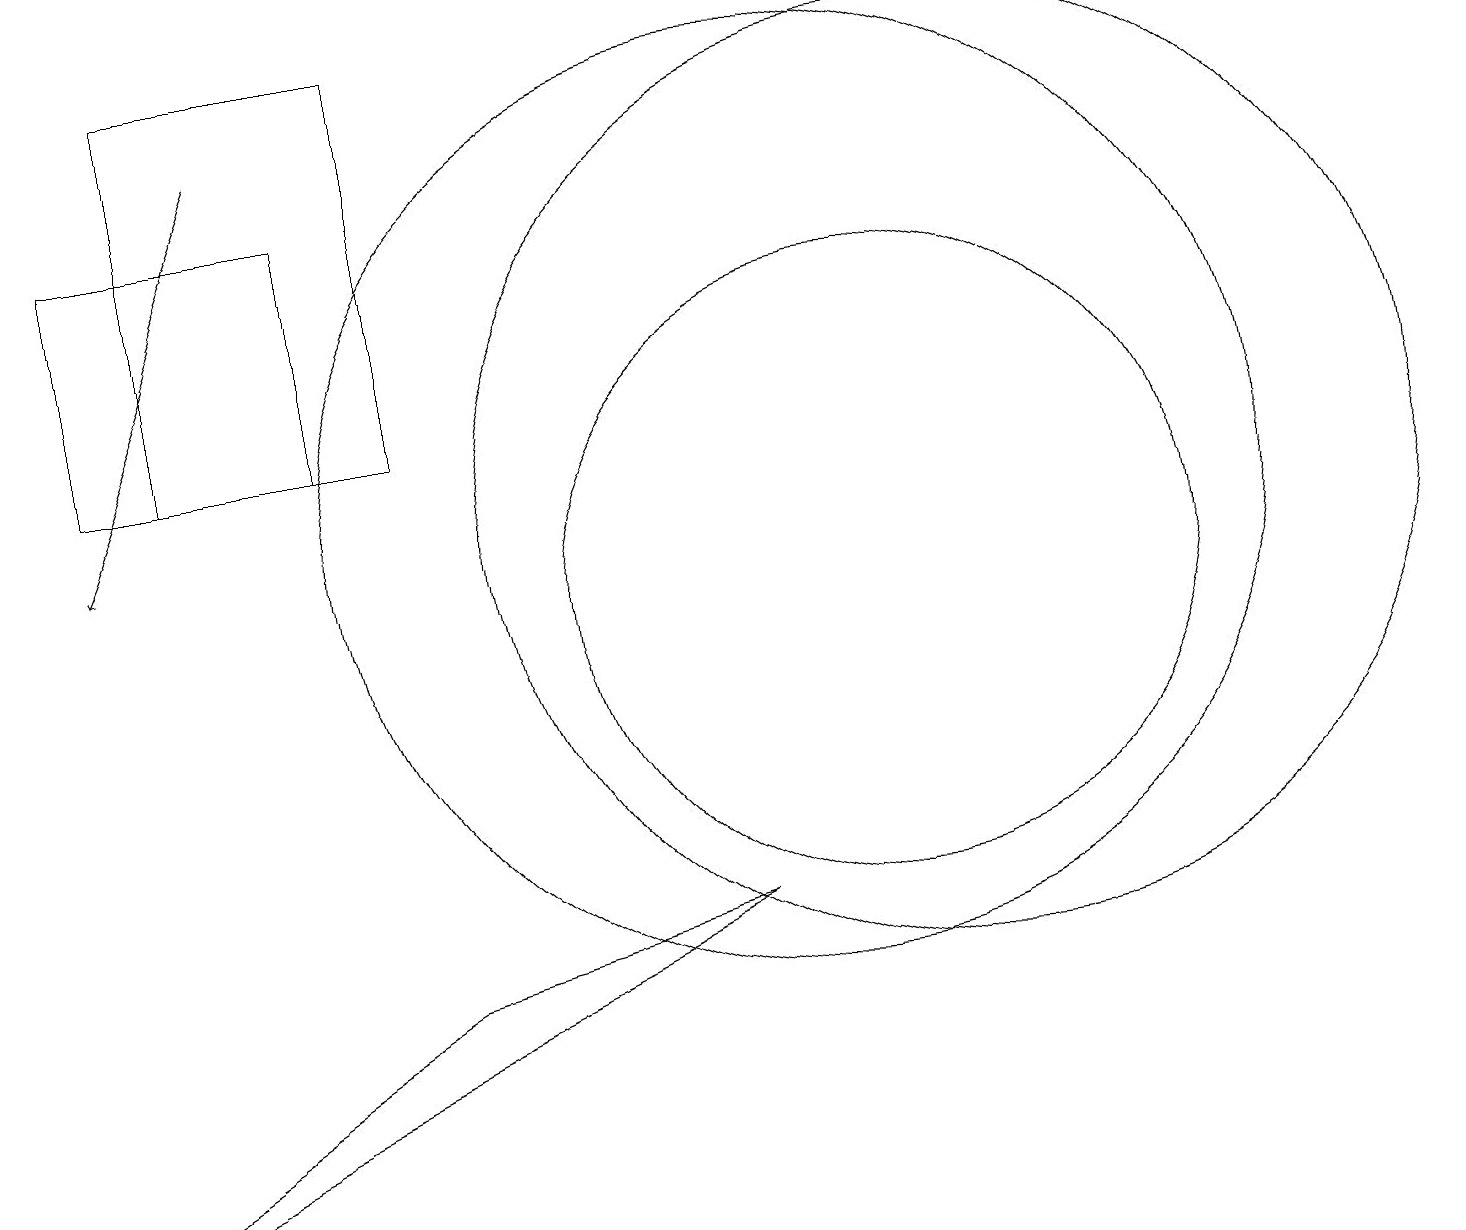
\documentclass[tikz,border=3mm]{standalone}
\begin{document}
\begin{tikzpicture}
\draw (10,11) circle (6);
\draw[->] (3,16) -- (1,11);
\draw (4,12) rectangle (1,15);
\draw (11,10) circle (4);
\draw (5,5) -- (9,6) -- (0,2) -- cycle;
\draw (2,17) rectangle (5,12);
\draw (12,11) circle (6);
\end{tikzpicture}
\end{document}